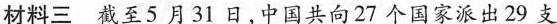
材料三截至5月31日，中国共向27个国家派出29支